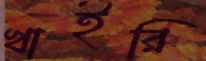
খাইরি